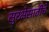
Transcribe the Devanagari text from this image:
सुरक्षेसाठीचे